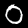
Label: 0